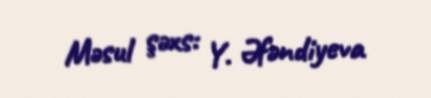
Məsul şəxs: Y. Əfəndiyeva